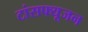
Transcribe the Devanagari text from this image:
टांसफ्यूजन